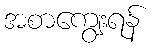
အစာကျွေးရန်